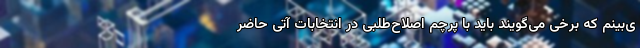
ی‌بینم که برخی می‌گویند باید با پرچم اصلاح‌طلبی در انتخابات آتی حاضر